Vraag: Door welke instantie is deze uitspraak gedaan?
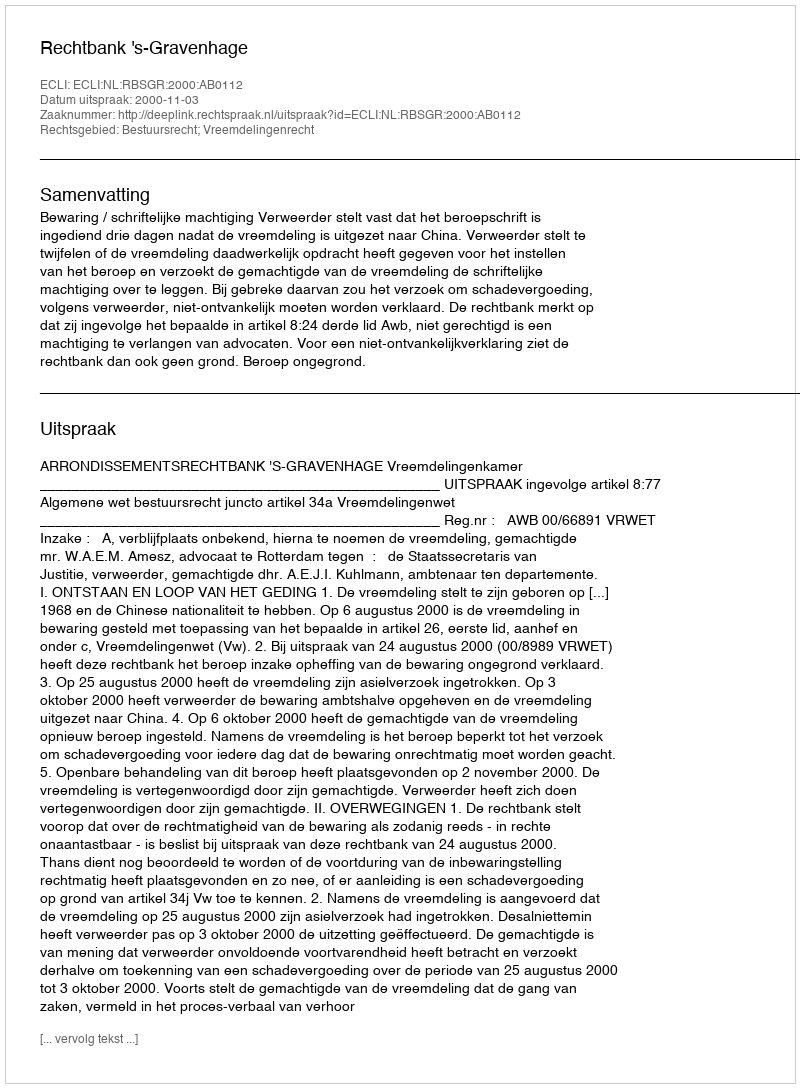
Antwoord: Rechtbank 's-Gravenhage